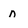
Character: n